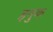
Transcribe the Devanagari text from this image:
इनुक